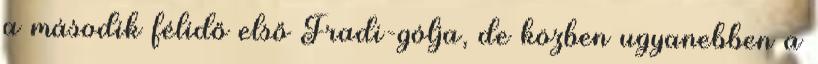
a második félidő első Fradi-gólja, de közben ugyanebben a